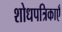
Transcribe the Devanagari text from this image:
शोधपत्रिकाएँ